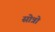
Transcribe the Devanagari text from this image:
सोत्रो